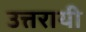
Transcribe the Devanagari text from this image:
उत्तरायी